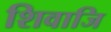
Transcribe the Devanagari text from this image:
शिवाजि